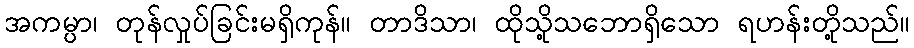
အကမ္ပာ၊ တုန်လှုပ်ခြင်းမရှိကုန်။ တာဒိသာ၊ ထိုသို့သဘောရှိသော ရဟန်းတို့သည်။